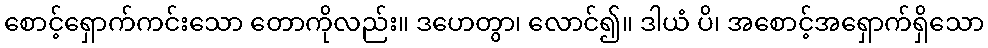
စောင့်ရှောက်ကင်းသော တောကိုလည်း။ ဒဟေတွာ၊ လောင်၍။ ဒါယံ ပိ၊ အစောင့်အရှောက်ရှိသော